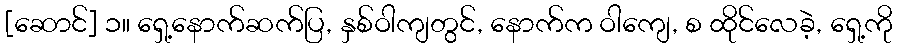
[ဆောင်] ၁။ ရှေ့နောက်ဆက်ပြ, နှစ်ဝါကျတွင်, နောက်က ဝါကျေ, စ ထိုင်လေခဲ့, ရှေ့ကို